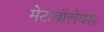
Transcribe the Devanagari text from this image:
मेटाबॉलेक्स